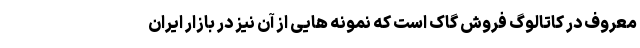
معروف در کاتالوگ فروش گاک است که نمونه هایی از آن نیز در بازار ایران